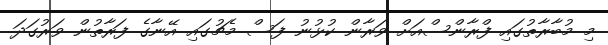
މި މުބާރާތުގައި ފްރާންސްއަށް ވަރާން ކުޅުނު ފަސް މެޗުގައި އޭނާގެ ފަރާތުން ވަރުގަދަ